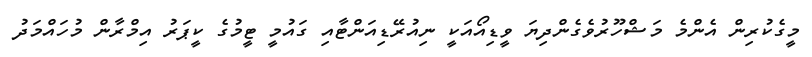
މީގެކުރިން އެންމެ މަޝްހޫރުވެގެންދިޔަ ވީޑިއޯއަކީ ނިއުރޭޑިއަންޓާއި ގައުމީ ޓީމުގެ ކީޕަރު އިމްރާން މުހައްމަދު